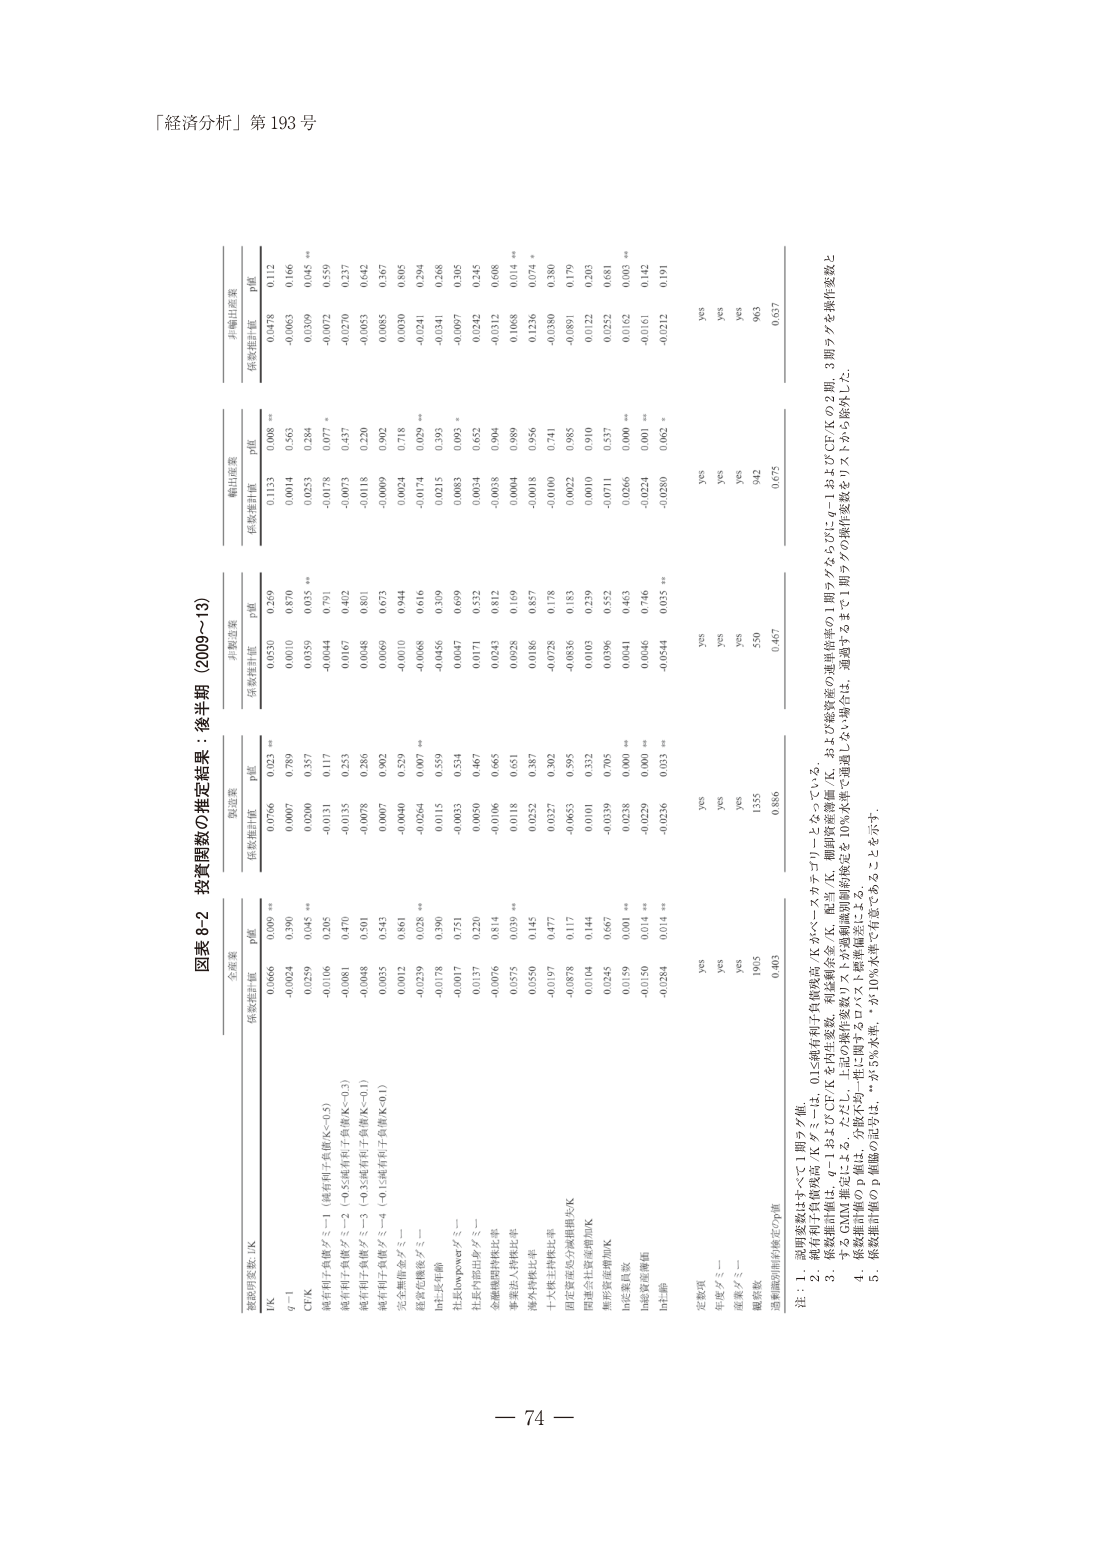
「経済分析」第 193 号

図表 8-2 投資関数の推定結果：後半期（2009～13）

被説明変数：IK

全産業
係数推計値 p値
IK 0.0666 0.000 **
q－1 -0.0024 0.390
CITK 0.0259 0.045 **
純有利子負債ダミー1（純有利子負債/K<－0.5） -0.0106 0.205
純有利子負債ダミー2（－0.5≦純有利子負債/K<－0.3） -0.0081 0.470
純有利子負債ダミー3（－0.3≦純有利子負債/K<－0.1） -0.0048 0.501
純有利子負債ダミー4（－0.1≦純有利子負債/K<0） 0.0035 0.543
完全雇用金ダミー 0.0012 0.861
経営優良ダミー -0.0239 0.028 **
bit長年齢 -0.0178 0.390
社長付加価値ダミー -0.0017 0.751
社長付加価値ダミー -0.0137 0.220
金融機関貸付利比率 -0.0076 0.814
事業法人貸付利比率 0.0575 0.039 **
地方貸付利比率 0.0500 0.145
十大理事長等の会減損損失/K -0.0197 0.477
固定資産等の減損損失/K -0.0878 0.117
関連会社資産増加/K 0.0104 0.144
無形資産増加/K 0.0245 0.667
bit業種係数 0.0159 0.001 **
bit資産階層 -0.0150 0.014 **
bit年齢 -0.0284 0.014 **

製造業
係数推計値 p値
IK 0.0766 0.023 **
q－1 0.0007 0.789
CITK 0.0200 0.357
純有利子負債ダミー1（純有利子負債/K<－0.5） -0.0131 0.117
純有利子負債ダミー2（－0.5≦純有利子負債/K<－0.3） -0.0135 0.253
純有利子負債ダミー3（－0.3≦純有利子負債/K<－0.1） -0.0078 0.295
純有利子負債ダミー4（－0.1≦純有利子負債/K<0） 0.0007 0.802
完全雇用金ダミー -0.0040 0.529
経営優良ダミー -0.0264 0.007 **
bit長年齢 0.0115 0.559
社長付加価値ダミー -0.0033 0.534
社長付加価値ダミー 0.0030 0.467
金融機関貸付利比率 -0.0106 0.665
事業法人貸付利比率 0.0118 0.651
地方貸付利比率 0.0252 0.387
十大理事長等の会減損損失/K 0.0327 0.302
固定資産等の減損損失/K -0.0653 0.895
関連会社資産増加/K 0.0101 0.332
無形資産増加/K -0.0339 0.705
bit業種係数 0.0238 0.000 **
bit資産階層 -0.0229 0.000 **
bit年齢 -0.0236 0.033 **

非製造業
係数推計値 p値
IK 0.0530 0.259
q－1 0.0010 0.870
CITK 0.0359 0.035 **
純有利子負債ダミー1（純有利子負債/K<－0.5） -0.0044 0.791
純有利子負債ダミー2（－0.5≦純有利子負債/K<－0.3） 0.0167 0.402
純有利子負債ダミー3（－0.3≦純有利子負債/K<－0.1） 0.0048 0.801
純有利子負債ダミー4（－0.1≦純有利子負債/K<0） 0.0069 0.673
完全雇用金ダミー -0.0010 0.944
経営優良ダミー -0.0068 0.616
bit長年齢 -0.0456 0.309
社長付加価値ダミー 0.0047 0.699
社長付加価値ダミー 0.0171 0.532
金融機関貸付利比率 0.0243 0.832
事業法人貸付利比率 0.0928 0.169
地方貸付利比率 0.0186 0.857
十大理事長等の会減損損失/K -0.0728 0.178
固定資産等の減損損失/K -0.0836 0.183
関連会社資産増加/K 0.0103 0.239
無形資産増加/K 0.0396 0.552
bit業種係数 0.0041 0.463
bit資産階層 0.0046 0.746
bit年齢 -0.0544 0.035 **

輸出産業
係数推計値 p値
IK 0.1133 0.008 **
q－1 0.0014 0.563
CITK 0.0653 0.284
純有利子負債ダミー1（純有利子負債/K<－0.5） -0.0178 0.077 *
純有利子負債ダミー2（－0.5≦純有利子負債/K<－0.3） -0.0073 0.437
純有利子負債ダミー3（－0.3≦純有利子負債/K<－0.1） -0.0118 0.220
純有利子負債ダミー4（－0.1≦純有利子負債/K<0） -0.0099 0.902
完全雇用金ダミー 0.0024 0.718
経営優良ダミー -0.0174 0.029 **
bit長年齢 0.0315 0.393
社長付加価値ダミー 0.0083 0.003 *
社長付加価値ダミー 0.0034 0.652
金融機関貸付利比率 -0.0038 0.904
事業法人貸付利比率 0.0004 0.989
地方貸付利比率 -0.0018 0.956
十大理事長等の会減損損失/K -0.0100 0.741
固定資産等の減損損失/K 0.0022 0.985
関連会社資産増加/K 0.0019 0.910
無形資産増加/K -0.0711 0.537
bit業種係数 0.0666 0.000 **
bit資産階層 -0.0224 0.001 **
bit年齢 -0.0280 0.062 *

非輸出産業
係数推計値 p値
IK 0.0478 0.112
q－1 -0.0063 0.166
CITK -0.0309 0.045 **
純有利子負債ダミー1（純有利子負債/K<－0.5） -0.0072 0.559
純有利子負債ダミー2（－0.5≦純有利子負債/K<－0.3） -0.0270 0.237
純有利子負債ダミー3（－0.3≦純有利子負債/K<－0.1） -0.0053 0.642
純有利子負債ダミー4（－0.1≦純有利子負債/K<0） 0.0085 0.367
完全雇用金ダミー 0.0030 0.805
経営優良ダミー -0.0241 0.294
bit長年齢 -0.0341 0.268
社長付加価値ダミー -0.0097 0.305
社長付加価値ダミー 0.0242 0.245
金融機関貸付利比率 -0.0312 0.608
事業法人貸付利比率 0.1068 0.014 **
地方貸付利比率 0.1236 0.074 *
十大理事長等の会減損損失/K -0.0380 0.380
固定資産等の減損損失/K -0.0891 0.179
関連会社資産増加/K 0.0122 0.203
無形資産増加/K 0.0252 0.681
bit業種係数 0.0162 0.003 **
bit資産階層 -0.0161 0.142
bit年齢 -0.0212 0.191

定数項 yes yes yes yes yes
年齢ダミー yes yes yes yes yes
産業ダミー yes yes yes yes yes
観察数 1905 1355 550 942 963
過剰擬合回避の検定のp値 0.403 0.886 0.467 0.675 0.637

注：1．説明変数はすべて1期ラグ値。
2．純有利子負債残高/Kダミーは、0.15純有利子負債残高/Kがベースカテゴリーとなっている。
3．係数推計値は、q－1およびCITKを内生変数、利益調整係数（K、配当/K、棚卸資産の運用貨幣の1期ラグならびにq－1およびCITKの2期、3期ラグを操作変数と
するGMM推定による。ただし、上記の操作変数リストが過剰識別制約的仮定を10％水準で満足しない場合は、通過するまで1期ラグの操作変数をリストから除外した。
4．係数推計値のp値は、分散がロバスト標準誤差による。
5．係数推計値のp値の*記号は、*が5％水準、**が10％水準で有意であることを示す。

－ 74 －